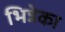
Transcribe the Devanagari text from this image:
भिन्नेका